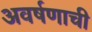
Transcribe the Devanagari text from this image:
अवर्षणाची